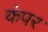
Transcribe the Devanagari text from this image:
कंपर